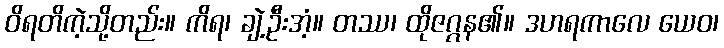
ဝိရတိကဲ့သို့တည်း။ ကိရ၊ ချဲ့ဦးအံ့။ တဿ၊ ထိုဇဂ္ဂန၏။ ဒဟရကာလေ ယေဝ၊